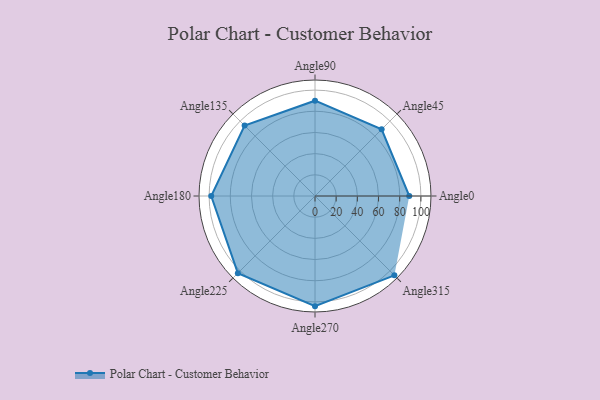
{"axis": {"x": "Angle", "y": "Radius"}, "legend": [""], "data": [{"x": "Angle0", "y": 89.0, "type": ""}, {"x": "Angle45", "y": 89.0, "type": ""}, {"x": "Angle90", "y": 90.0, "type": ""}, {"x": "Angle135", "y": 94.0, "type": ""}, {"x": "Angle180", "y": 98.0, "type": ""}, {"x": "Angle225", "y": 103.0, "type": ""}, {"x": "Angle270", "y": 104.0, "type": ""}, {"x": "Angle315", "y": 106.0, "type": ""}]}